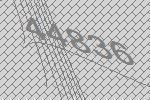
44836